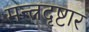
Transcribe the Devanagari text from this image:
मन्त्रदृष्टार